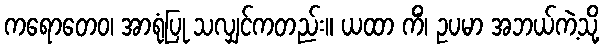
ကရောတေဝ၊ အာရုံပြု သလျှင်ကတည်း။ ယထာ ကိံ၊ ဥပမာ အဘယ်ကဲ့သို့